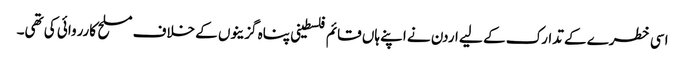
اسی خطرے کے تدارک کے لیے اردن نے اپنے ہاں قائم فلسطینی پناہ گزینوں کے خلاف مسلح کارروائی کی تھی۔